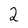
Character: 2